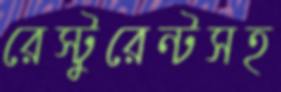
রেস্টুরেন্টসহ